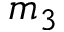
m _ { 3 }